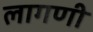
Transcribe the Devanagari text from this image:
लागणी